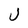
Character: J